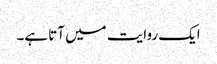
ایک روایت میں آتا ہے۔